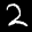
Label: 2